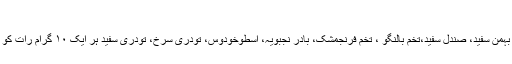
گاؤ زباں اور عنبر
برگِ گاؤ زباں ۳۰ گرام، گل گاؤ زباں ، کیزر خشک مقشر، آبریشم خام مقرض، بہمن سفید، صندل سفید،تخم بالنگو ، تخم فرنجمشک، بادر نجبویہ، اسطوخودوس، تودری سُرخ، تودری سفید ہر ایک ۱۰ گرام رات کو دو لیٹر پانی میں بھگو کر صبح اِس قدر جوش دیں کہ نصف پانی باقی رہ جائے۔